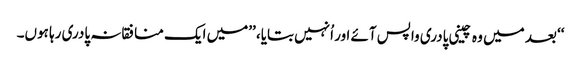
‘‘ بعد میں وہ چینی پادری واپس آئے اور اُنہیں بتایا، ’’میں ایک منافقانہ پادری رہا ہوں۔